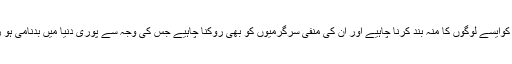
حکومت کوایسے لوگوں کا منہ بند کرنا چاہیے اور ان کی منفی سرگرمیوں کو بھی روکنا چاہیے جس کی وجہ سے پوری دنیا میں بدنامی ہو رہی ہے۔